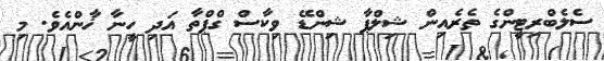
ސެލެބްރިޓީންގެ ތެރެއިން ޝިލްޕާ ޝިންޑޭ ވިކާސް ގްޕްތާ އަދި ހީނާ ޚާންއެވެ. މި